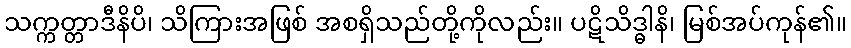
သက္ကတ္တာဒီနိပိ၊ သိကြားအဖြစ် အစရှိသည်တို့ကိုလည်း။ ပဋိသိဒ္ဓါနိ၊ မြစ်အပ်ကုန်၏။